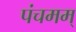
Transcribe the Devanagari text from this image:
पंचमम्